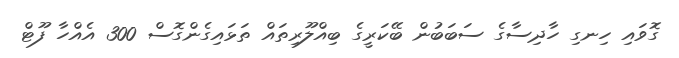
ގޮވައި ހިނގި ހާދިސާގެ ސަބަބުން ބޭކަރީގެ ބިއްލޫރިތައް ތަޅައިގެންގޮސް 300 އެއްހާ ފޫޓް